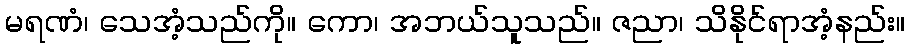
မရဏံ၊ သေအံ့သည်ကို။ ကော၊ အဘယ်သူသည်။ ဇညာ၊ သိနိုင်ရာအံ့နည်း။